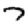
Digit: 7